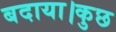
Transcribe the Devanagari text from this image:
बदाया।कुछ